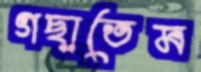
গছাতেম